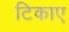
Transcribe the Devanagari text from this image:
टिकाए